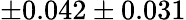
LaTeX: \pm 0.042\pm 0.031